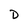
Character: D